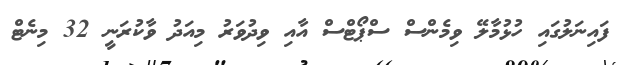
ފައިނަލުގައި ހުޅުމާލޭ ވިމެންސް ސްޕޯޓްސް އާއި ވިދުވަރު މިއަދު ވާކުރަނީ 32 މިނެޓް